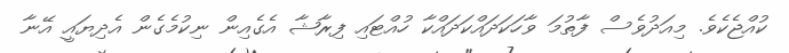
ކުއްޖެކެވެ. މިއަދުވެސް ފާތުމަ ވާހަކަދައްކަދައްކާ ހުއްޓައި ފިރާޝާ އެގެއިން ނިކުމެގެން އެދިޔައީ އޭނާ